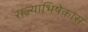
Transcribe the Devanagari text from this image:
राज्याभिषेकास